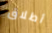
أطلاق